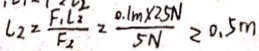
L _ { 2 } = \frac { F _ { 1 } L _ { 2 } } { F _ { 2 } } = \frac { 0 . 1 m \times 2 5 N } { 5 N } = 0 . 5 m